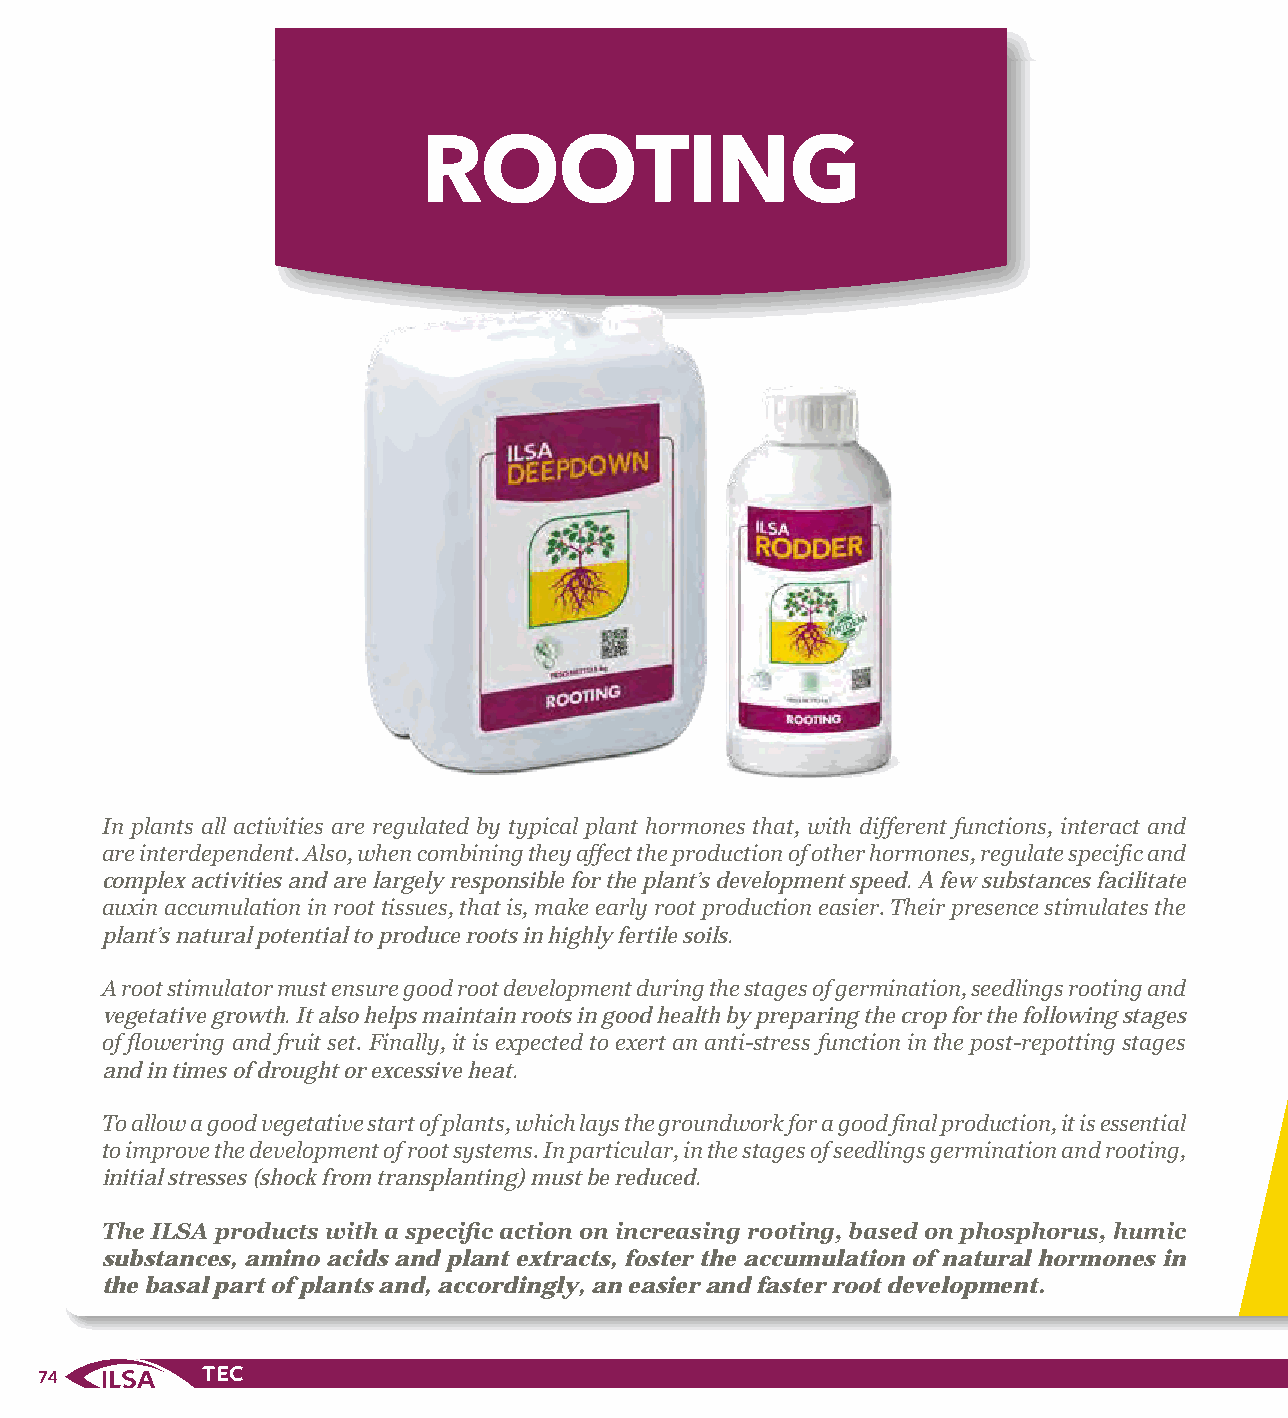
ROOTING
 In plants all activities are regulated by typical plant hormones that, with different functions, interact and
 are interdependent. Also, when combining they affect the production of other hormones, regulate specific and
 complex activities and are largely responsible for the plant’s development speed. A few substances facilitate
 auxin accumulation in root tissues, that is, make early root production easier. Their presence stimulates the
 plant’s natural potential to produce roots in highly fertile soils.
 A root stimulator must ensure good root development during the stages of germination, seedlings rooting and
 vegetative growth. It also helps maintain roots in good health by preparing the crop for the following stages
 of flowering and fruit set. Finally, it is expected to exert an anti-stress function in the post-repotting stages
 and in times of drought or excessive heat.
 To allow a good vegetative start of plants, which lays the groundwork for a good final production, it is essential
 to improve the development of root systems. In particular, in the stages of seedlings germination and rooting,
 initial stresses (shock from transplanting) must be reduced.
 The ILSA products with a specific action on increasing rooting, based on phosphorus, humic
 substances, amino acids and plant extracts, foster the accumulation of natural hormones in
 the basal part of plants and, accordingly, an easier and faster root development.
 74